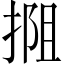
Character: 𫽖